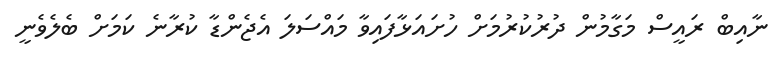
ނާއިބް ރައީސް މަގާމުން ދުރުކުރުމަށް ހުށައަޅާފައިވާ މައްސަލަ އެޖެންޑާ ކުރާނެ ކަމަށް ބެލެވެނީ